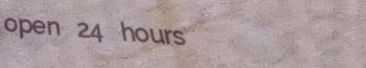
open 24 hours